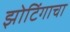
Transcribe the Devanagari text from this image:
झोटिंगाचा